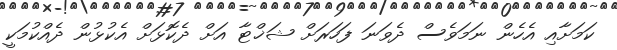
ކަމަށާއި އެހެން ނަަމަވެސް ދެވަނަ ފަހަރަށް ޝަޚްޓާ އަށް ދެކޮޅަށް އެކުޅުން ދެއްކުމަކީ